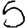
Digit: 5